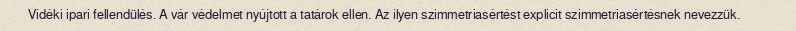
Vidéki ipari fellendülés. A vár védelmet nyújtott a tatárok ellen. Az ilyen szimmetriasértést explicit szimmetriasértésnek nevezzük.